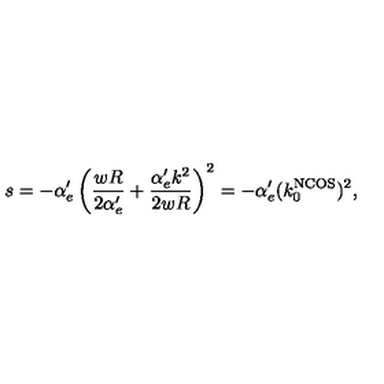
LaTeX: s = - \alpha _ { e } ^ { \prime } \left( \frac { w R } { 2 \alpha _ { e } ^ { \prime } } + \frac { \alpha _ { e } ^ { \prime } k ^ { 2 } } { 2 w R } \right) ^ { 2 } = - \alpha _ { e } ^ { \prime } ( k _ { 0 } ^ { \mathrm { N C O S } } ) ^ { 2 } ,